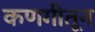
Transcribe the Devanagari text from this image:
कणगीतून